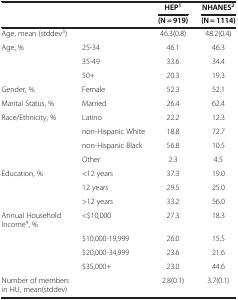
| <ROWSPAN=2>  | <ROWSPAN=2>  | HEP1 | NHANES2 |
 | (N = 919) | (N = 1114) |
 | --- | --- | --- | --- |
 | Age, mean (stddev3) |  | 46.3(0.8) | 48.2(0.4) |
 | Age, % | 25-34 | 46.1 | 46.3 |
 |  | 35-49 | 33.6 | 34.4 |
 |  | 50+ | 20.3 | 19.3 |
 | Gender, % | Female | 52.3 | 52.1 |
 | Marital Status, % | Married | 26.4 | 62.4 |
 | Race/Ethnicity, % | Latino | 22.2 | 12.3 |
 |  | non-Hispanic White | 18.8 | 72.7 |
 |  | non-Hispanic Black | 56.8 | 10.5 |
 |  | Other | 2.3 | 4.5 |
 | Education, % | <12 years | 37.3 | 19.0 |
 |  | 12 years | 29.5 | 25.0 |
 |  | >12 years | 33.2 | 56.0 |
 | Annual Household Income4, % | <$10,000 | 27.3 | 18.3 |
 |  | $10,000-19,999 | 26.0 | 15.5 |
 |  | $20,000-34,999 | 23.6 | 21.6 |
 |  | $35,000+ | 23.0 | 44.6 |
 | Number of members in HU, mean(stddev) |  | 2.8(0.1) | 3.7(0.1) |